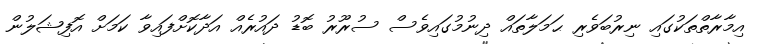
އިމާރާތްތަކުގައި ނިރުބަވެރި ޙަމަލާތައް ދިނުމުގައިވެސް ސުރޫރު ބޮޑު ދައުރެއް އަދާކޮށްފައިވާ ކަމަށް އޮފިޝަލުން